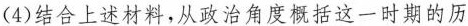
(4)结合上述材料，从政治角度概括这一时期的历